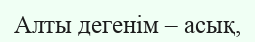
Алты дегенiм – асық,